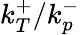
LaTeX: k_{T}^{+}/k_{p}^{-}